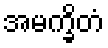
အမက္ခိတံ